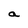
Character: a